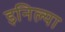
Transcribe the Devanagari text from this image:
इनिल्या